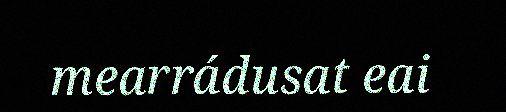
mearrádusat eai